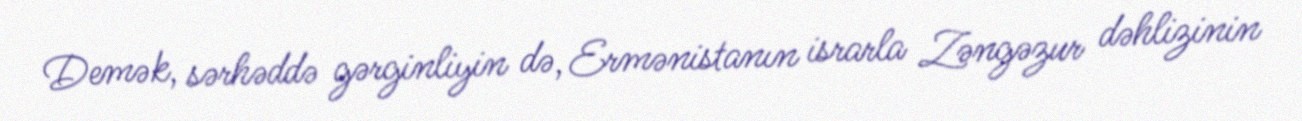
Demək, sərhəddə gərginliyin də, Ermənistanın israrla Zəngəzur dəhlizinin